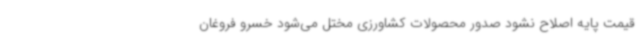
قیمت پایه اصلاح نشود صدور محصولات کشاورزی مختل می‌شود خسرو فروغان